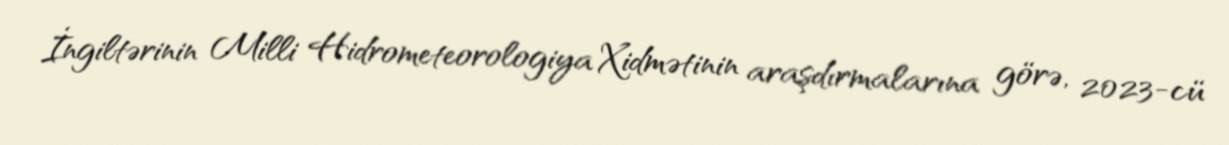
İngiltərinin Milli Hidrometeorologiya Xidmətinin araşdırmalarına görə, 2023-cü